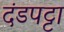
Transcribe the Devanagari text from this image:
दंडपट्टा